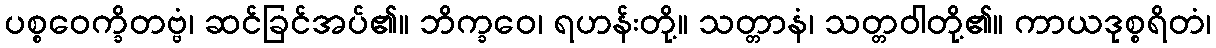
ပစ္စဝေက္ခိတဗ္ဗံ၊ ဆင်ခြင်အပ်၏။ ဘိက္ခဝေ၊ ရဟန်းတို့။ သတ္တာနံ၊ သတ္တဝါတို့၏။ ကာယဒုစ္စရိတံ၊